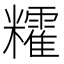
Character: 𥽥